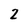
Character: 2